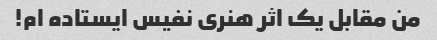
من مقابل یک اثر هنری نفیس ایستاده ام!